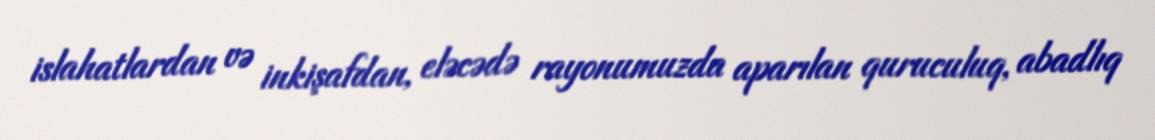
islahatlardan və inkişafdan, eləcədə rayonumuzda aparılan quruculuq, abadlıq